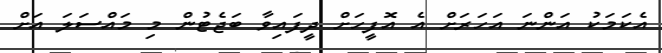
އެކަމަކު އަންނަ އަހަރަށް އެ އޮފީހަށް ދީފައިވާ ބަޖެޓުން މި މައްސަލަ އަށް